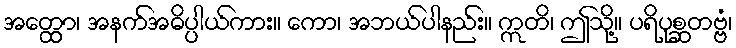
အတ္ထော၊ အနက်အဓိပ္ပါယ်ကား။ ကော၊ အဘယ်ပါနည်း။ ဣတိ၊ ဤသို့။ ပရိပုစ္ဆတဗ္ဗံ၊